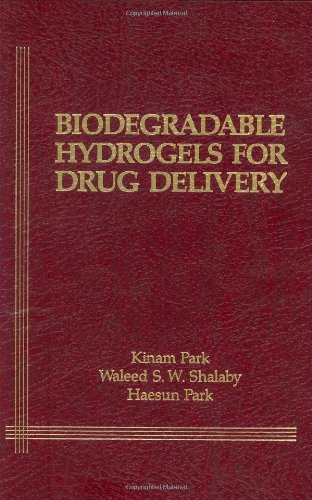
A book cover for Biodegradable Hydrogels for Drug Delivery; Haesun Park; Medical Books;